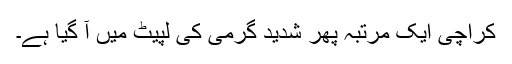
کراچی ایک مرتبہ پھر شدید گرمی کی لپیٹ میں آ گیا ہے۔